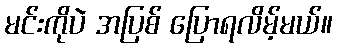
မင်းကိုပဲ အပြစ် ပြောရလိမ့်မယ်။